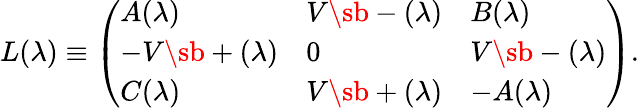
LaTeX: L(\lambda)\equiv\left(\begin{array}{lll}{{A(\lambda)}}&{{V\sb-(\lambda)}}&{{B(\lambda)}}\\ {{-V\sb+(\lambda)}}&{{0}}&{{V\sb-(\lambda)}}\\ {{C(\lambda)}}&{{V\sb+(\lambda)}}&{{-A(\lambda)}}\end{array}\right).